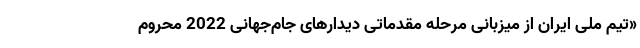
«تیم ملی ایران از میزبانی مرحله مقدماتی دیدارهای جام‌جهانی 2022 محروم